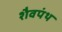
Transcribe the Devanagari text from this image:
शैवपंथ